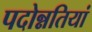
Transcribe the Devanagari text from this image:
पदोन्नतियां